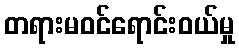
တရားမဝင်ရောင်းဝယ်မှု